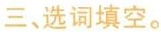
三、选词填空。